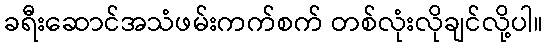
ခရီးဆောင်အသံဖမ်းကက်စက် တစ်လုံးလိုချင်လို့ပါ။